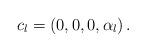
LaTeX: \begin{align*}c_l = \left(0,0,0, \alpha_{l} \right).\end{align*}